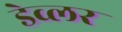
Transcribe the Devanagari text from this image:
डेव्लर